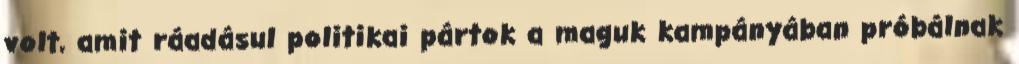
volt, amit ráadásul politikai pártok a maguk kampányában próbálnak